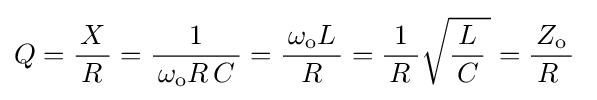
Q={\frac {X}{\,R\;}}={\frac {1}{\,\omega _{\text{o}}R\,C\,}}={\frac {\,\omega _{\text{o}}L\,}{R}}={\frac {1}{\,R\;}}{\sqrt {{\frac {L}{\,C\,}}\,}}={\frac {\,Z_{\text{o}}\,}{R\;}}\;